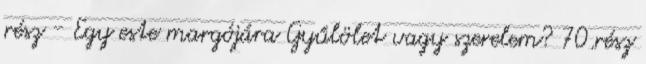
rész - Egy este margójára Gyűlölet vagy szerelem? 70.rész